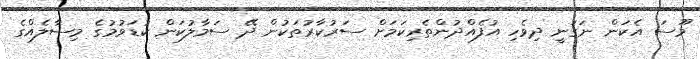
މޫސަ އެކަން ނަގަނީ ދިވެހި އުފެއްދުންތެރިކަމަށް ސަރުކާރުތަކުން ދޭ ސަމާލުކަން ކުޑަވުމުގެ މިސާލެއްގެ